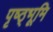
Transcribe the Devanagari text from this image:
पृष्ठ्भूमि